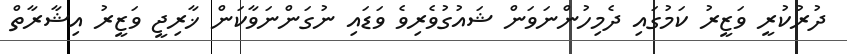
ދުރުކުރީ ވަޒީރު ކަމުގައި ދެމިހުންނަވަން ޝައުގުވެރިވެ ވަޑައި ނުގަންނަވާކަން ޚާރިޖީ ވަޒީރު އިޝާރާތް